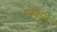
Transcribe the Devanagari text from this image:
मोकले